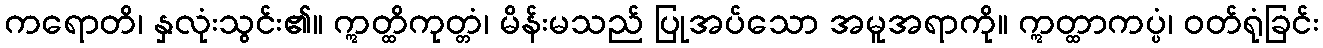
ကရောတိ၊ နှလုံးသွင်း၏။ ဣတ္ထိကုတ္တံ၊ မိန်းမသည် ပြုအပ်သော အမူအရာကို။ ဣတ္ထာကပ္ပံ၊ ဝတ်ရုံခြင်း